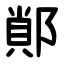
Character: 䣔